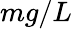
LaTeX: mg/L